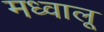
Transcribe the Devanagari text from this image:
मध्वालू